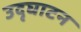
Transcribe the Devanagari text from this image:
उदृघाटन